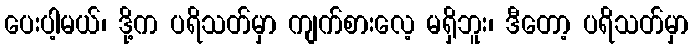
ပေးပါ့မယ်၊ ဒို့က ပရိသတ်မှာ ကျက်စားလေ့ မရှိဘူး၊ ဒီတော့ ပရိသတ်မှာ